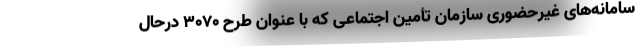
سامانه‌های غیرحضوری سازمان تأمین اجتماعی که با عنوان طرح ۳۰۷۰ درحال